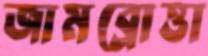
জামব্রোত্তা